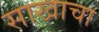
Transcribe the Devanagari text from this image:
साखाचा